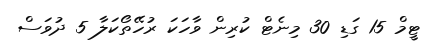
ޓީމް 15 ގަޑި 30 މިނެޓް ކުރިން ވާހަކަ ރުހޭތޯކަލާ 5 ދުވަސް